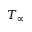
T _ { \infty }